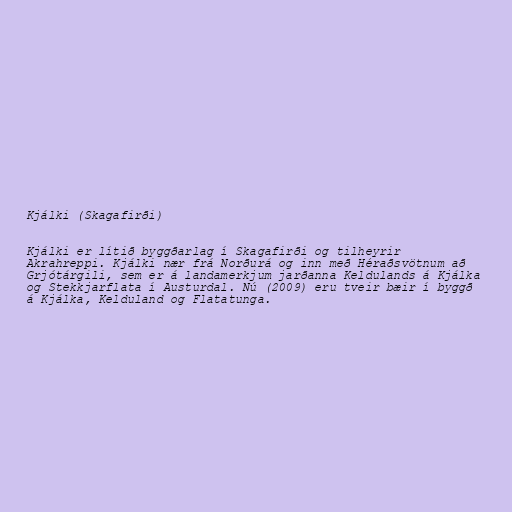
Kjálki (Skagafirði)

Kjálki er lítið byggðarlag í Skagafirði og tilheyrir
Akrahreppi. Kjálki nær frá Norðurá og inn með Héraðsvötnum að
Grjótárgili, sem er á landamerkjum jarðanna Keldulands á Kjálka
og Stekkjarflata í Austurdal. Nú (2009) eru tveir bæir í byggð
á Kjálka, Kelduland og Flatatunga.